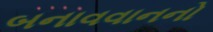
બનાવવાનનો